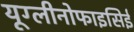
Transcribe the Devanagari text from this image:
यूग्लीनोफाइसिई